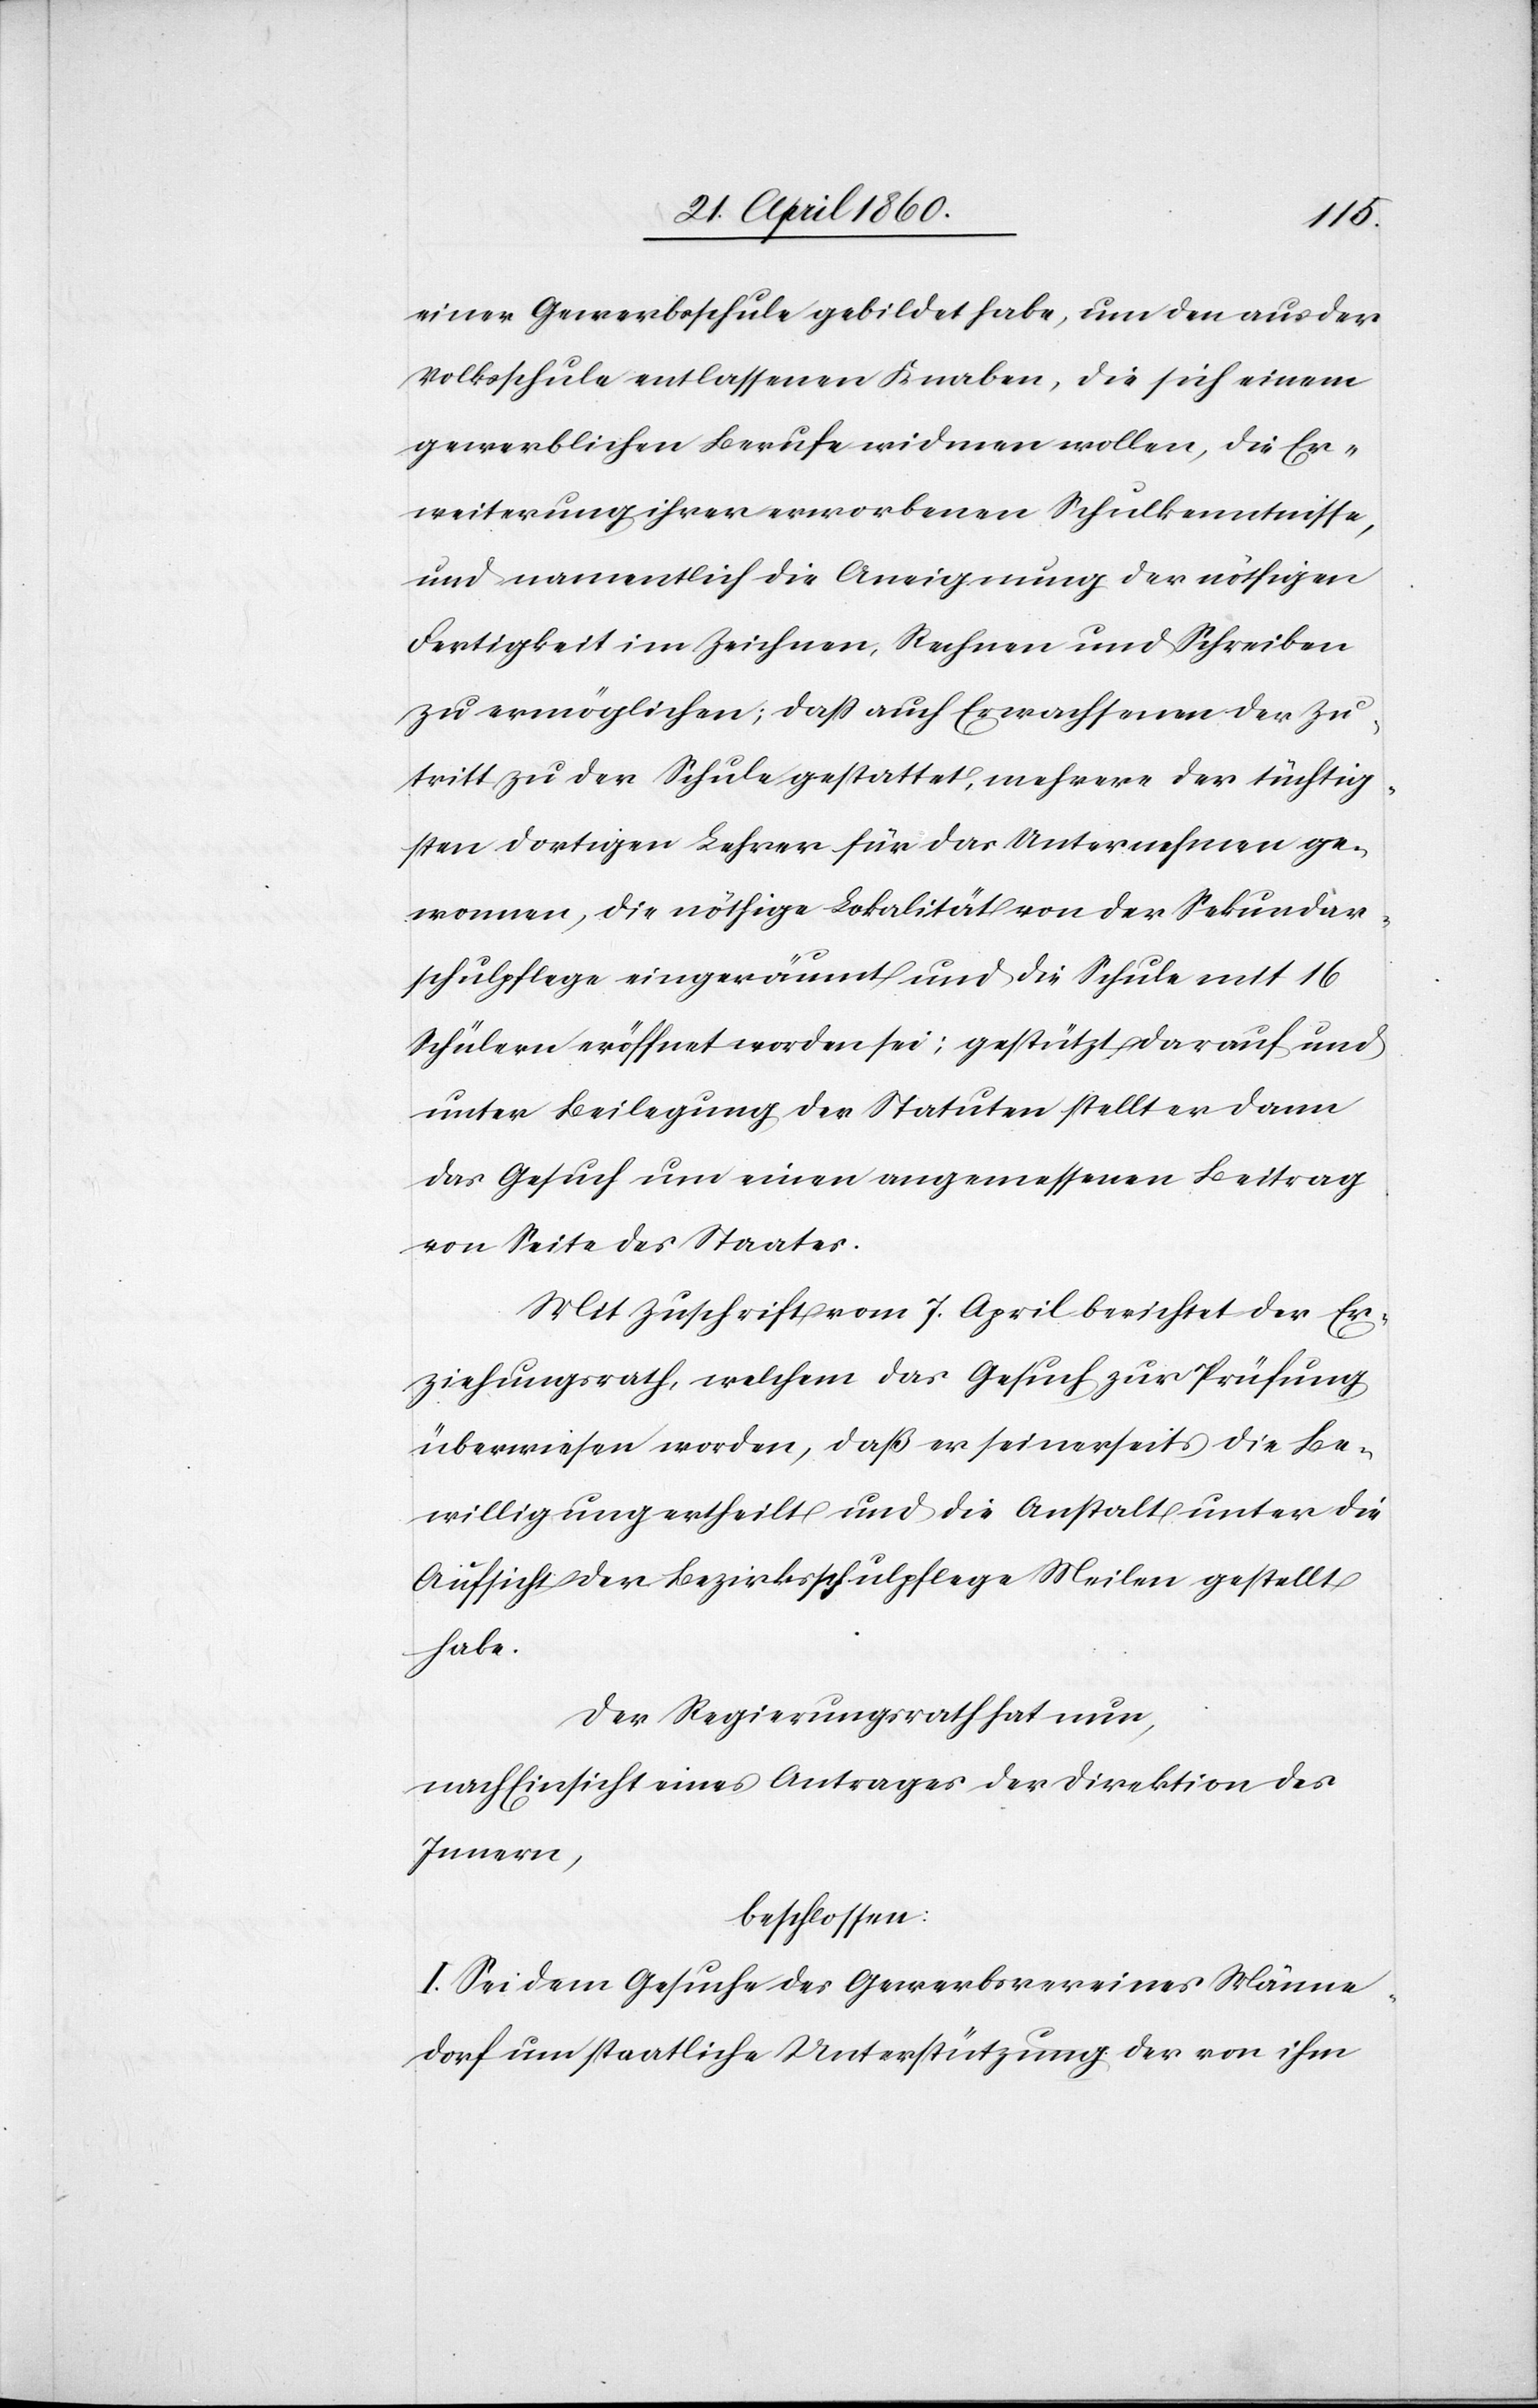
einer Gewerbsschule gebildet habe, um den aus der
Volksschule entlassenen Knaben, die sich einem
gewerblichen Berufe widmen wollen, die Er¬
weiterung ihrer erworbenen Schulkenntnisse,
und namentlich die Aneignung der nöthigen
Fertigkeit im Zeichnen, Rechnen und Schreiben
zu ermöglichen; dass auch Erwachsenen der Zu¬
tritt zu der Schule gestattet, mehrere der tüchtig¬
sten dortigen Lehrer für das Unternehmen ge¬
wonnen, die nöthige Lokalität von der Sekundar¬
schulpflege eingeräumt und die Schule mit 16
Schülern eröffnet worden sei; gestützt auf und
unter Beilegung der Statuten stellt er dann
das Gesuch um einen angemessenen Beitrag
von Seite des Staates.
Mit Zuschrift vom 7. April berichtet der Er¬
ziehungsrath, welchem das Gesuch zur Prüfung
überwiesen worden, dass er seinerseits die Be¬
willigung ertheilt und die Anstalt unter die
Aufsicht der Bezirksschulpflege Meilen gestellt
habe.
Der Regierungsrath hat nun
nach Einsicht eines Antrages der Direktion des
Innern,
beschlossen:
I. Sei dem Gesuche des Gewerbsvereines Männe¬
dorf um staatliche Unterstützung der von ihm